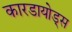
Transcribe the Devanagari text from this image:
कारडायोड्स